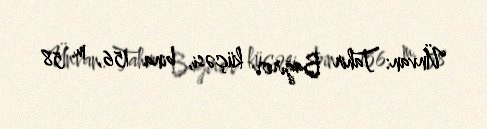
Ünvan: Tahir Bağırov küçəsi, bina 156, m. 58